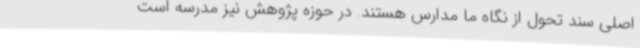
اصلی سند تحول از نگاه ما مدارس هستند. در حوزه پژوهش نیز مدرسه است